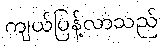
ကျယ်ပြန့်လာသည်